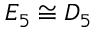
E _ { 5 } \cong D _ { 5 }